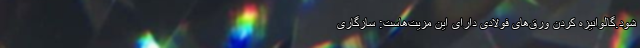
شود.گالوانیزه کردنِ ورق‌هایِ فولادی دارای این مزیّت‌هاست: سازگاری